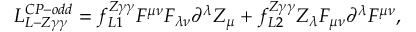
{ \cal L } _ { L - Z \gamma \gamma } ^ { C P - o d d } = f _ { L 1 } ^ { Z \gamma \gamma } F ^ { \mu \nu } F _ { \lambda \nu } \partial ^ { \lambda } Z _ { \mu } + f _ { L 2 } ^ { Z \gamma \gamma } Z _ { \lambda } F _ { \mu \nu } \partial ^ { \lambda } F ^ { \mu \nu } ,